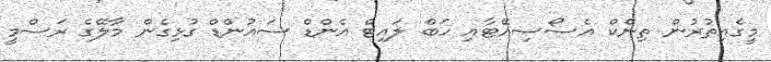
މީގެއިތުރުން ތިންކް އެސޯސިއޭޓާއި ހަބް ލައިޓް އެންޑް ސައުންޑް ގުޅިގެން މާލޭގެ ރަސްމީ